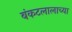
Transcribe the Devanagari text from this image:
बंकटलालाच्या